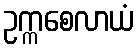
ဥက္ကစေလာယံ